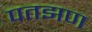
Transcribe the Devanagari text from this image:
पतझण